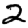
Digit: 2